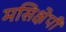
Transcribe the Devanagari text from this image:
मसिक्षेपी